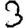
Digit: 3